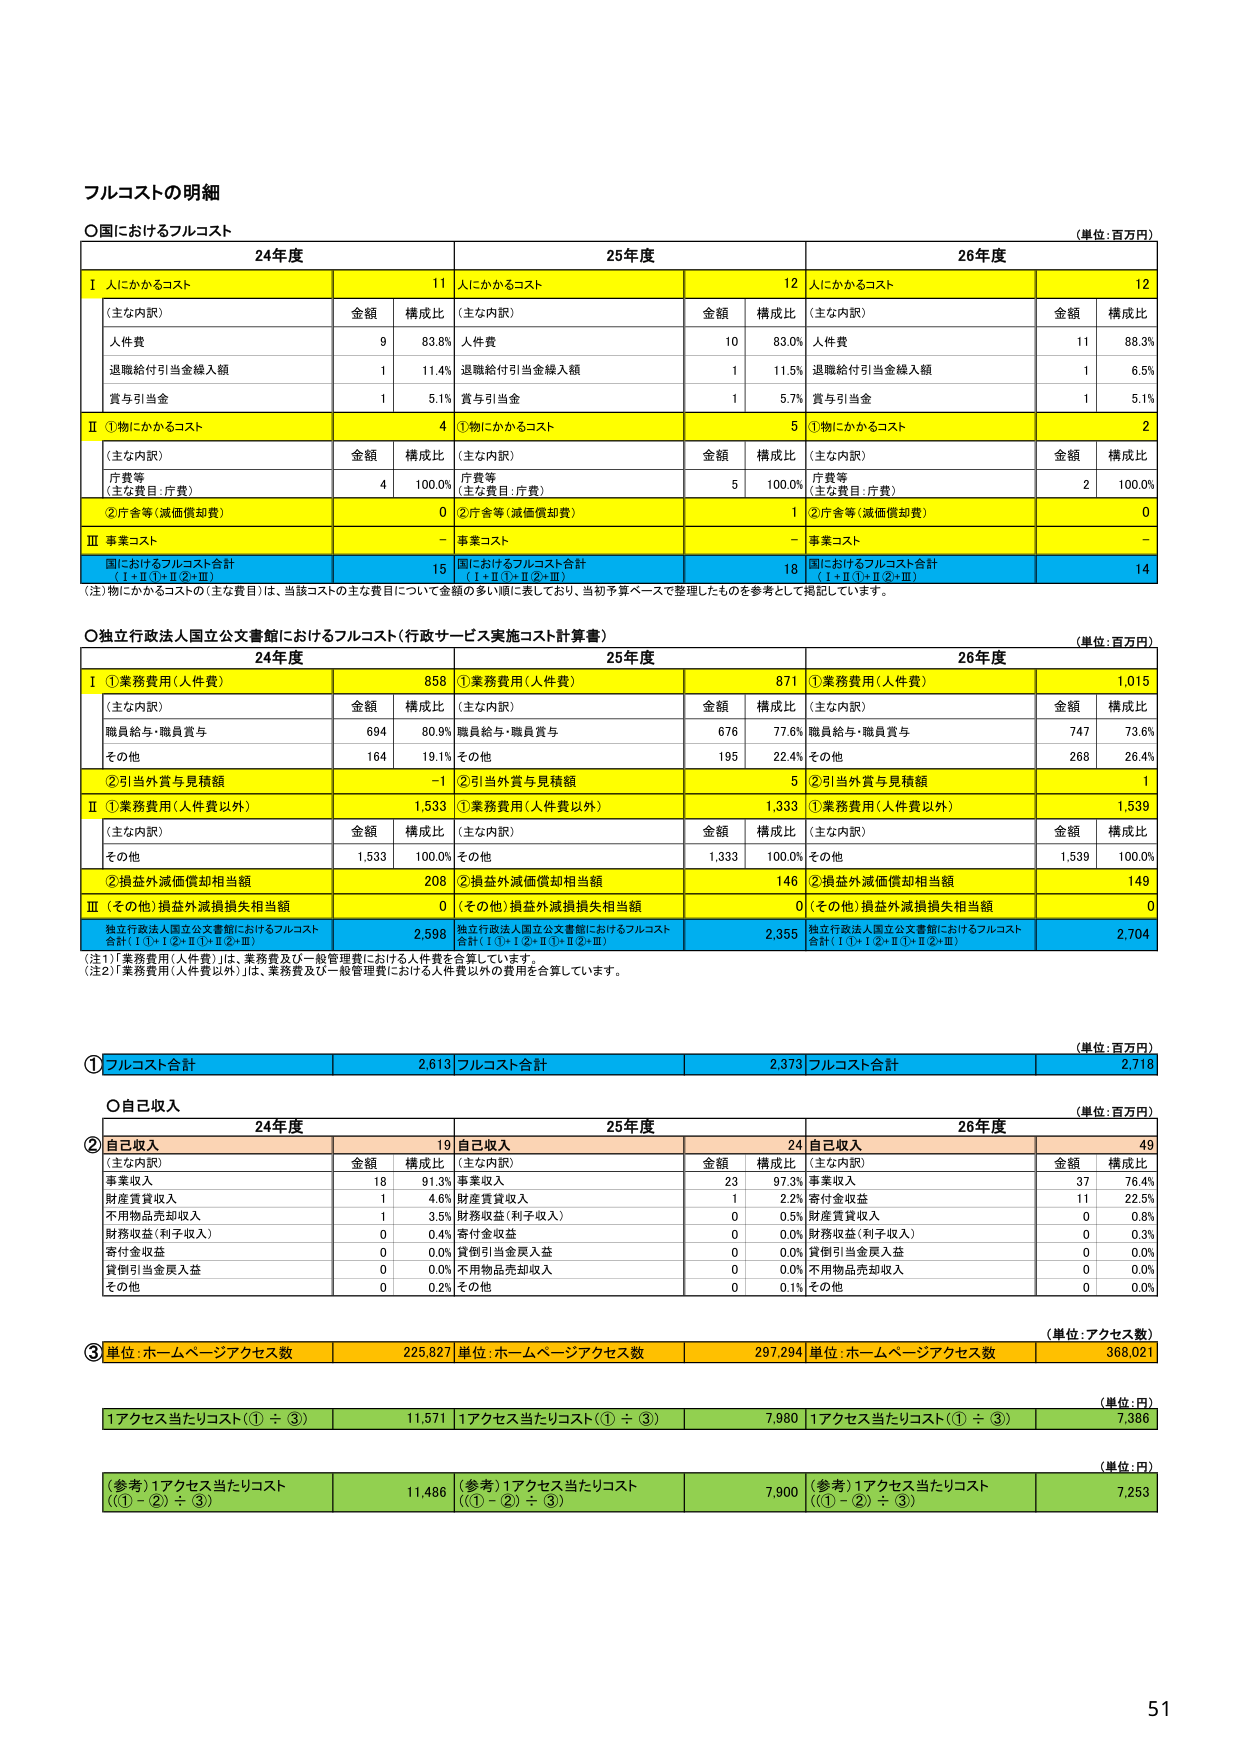
フルコストの明細

○国におけるフルコスト
（単位：百万円）

24年度
25年度
26年度

Ⅰ 人にかかるコスト
11
人にかかるコスト
12
人にかかるコスト
12

（主な内訳）
金額
構成比
（主な内訳）
金額
構成比
（主な内訳）
金額
構成比

人件費
9
83.8%
人件費
10
83.0%
人件費
11
88.3%

退職給付引当金繰入額
1
11.4%
退職給付引当金繰入額
1
11.5%
退職給付引当金繰入額
1
6.5%

賞与引当金
1
5.1%
賞与引当金
1
5.7%
賞与引当金
1
5.1%

Ⅱ ①物にかかるコスト
4
①物にかかるコスト
5
①物にかかるコスト
2

（主な内訳）
金額
構成比
（主な内訳）
金額
構成比
（主な内訳）
金額
構成比

庁費等
（主な費目：庁費）
4
100.0%
庁費等
（主な費目：庁費）
5
100.0%
庁費等
（主な費目：庁費）
2
100.0%

②庁舎等（減価償却費）
0
②庁舎等（減価償却費）
1
②庁舎等（減価償却費）
0

Ⅲ 事業コスト
－
事業コスト
－
事業コスト
－

国におけるフルコスト合計
（Ⅰ＋Ⅱ①＋Ⅱ②＋Ⅲ）
15
国におけるフルコスト合計
（Ⅰ＋Ⅱ①＋Ⅱ②＋Ⅲ）
18
国におけるフルコスト合計
（Ⅰ＋Ⅱ①＋Ⅱ②＋Ⅲ）
14

（注）物にかかるコストの（主な費目）は、当該コストの主な費目について金額の多い順に表しており、当初予算ベースで整理したものを参考として掲記しています。

○独立行政法人国立公文書館におけるフルコスト（行政サービス実施コスト計算書）
（単位：百万円）

24年度
25年度
26年度

Ⅰ ①業務費用（人件費）
858
①業務費用（人件費）
871
①業務費用（人件費）
1,015

（主な内訳）
金額
構成比
（主な内訳）
金額
構成比
（主な内訳）
金額
構成比

職員給与・職員賞与
694
80.9%
職員給与・職員賞与
676
77.6%
職員給与・職員賞与
747
73.6%

その他
164
19.1%
その他
195
22.4%
その他
268
26.4%

②引当外賞与見積額
－1
②引当外賞与見積額
5
②引当外賞与見積額
1

Ⅱ ①業務費用（人件費以外）
1,533
①業務費用（人件費以外）
1,333
①業務費用（人件費以外）
1,539

（主な内訳）
金額
構成比
（主な内訳）
金額
構成比
（主な内訳）
金額
構成比

その他
1,533
100.0%
その他
1,333
100.0%
その他
1,539
100.0%

②損益外減価償却相当額
208
②損益外減価償却相当額
146
②損益外減価償却相当額
149

Ⅲ （その他）損益外減損損失相当額
0
（その他）損益外減損損失相当額
0
（その他）損益外減損損失相当額
0

独立行政法人国立公文書館におけるフルコスト合計（Ⅰ①＋Ⅰ②＋Ⅱ①＋Ⅱ②＋Ⅲ）
2,598
独立行政法人国立公文書館におけるフルコスト合計（Ⅰ①＋Ⅰ②＋Ⅱ①＋Ⅱ②＋Ⅲ）
2,355
独立行政法人国立公文書館におけるフルコスト合計（Ⅰ①＋Ⅰ②＋Ⅱ①＋Ⅱ②＋Ⅲ）
2,704

（注1）「業務費用（人件費）」は、業務費及び一般管理費における人件費を合算しています。
（注2）「業務費用（人件費以外）」は、業務費及び一般管理費における人件費以外の費用を合算しています。

（単位：百万円）

① フルコスト合計
2,613
フルコスト合計
2,373
フルコスト合計
2,718

○自己収入
（単位：百万円）

② 自己収入
24年度
19
自己収入
25年度
24
自己収入
26年度
49

（主な内訳）
金額
構成比
（主な内訳）
金額
構成比
（主な内訳）
金額
構成比

事業収入
18
91.3%
事業収入
23
97.3%
事業収入
37
76.4%

財産賃貸収入
1
4.6%
財産賃貸収入
1
2.2%
寄付金収益
11
22.5%

不用物品売却収入
1
3.5%
財務収益（利子収入）
0
0.5%
財産賃貸収入
0
0.8%

財務収益（利子収入）
0
0.4%
寄付金収益
0
0.0%
財務収益（利子収入）
0
0.3%

寄付金収益
0
0.0%
貸倒引当金戻入益
0
0.0%
貸倒引当金戻入益
0
0.0%

貸倒引当金戻入益
0
0.0%
不用物品売却収入
0
0.0%
不用物品売却収入
0
0.0%

その他
0
0.2%
その他
0
0.1%
その他
0
0.0%

（単位：アクセス数）

③ 単位：ホームページアクセス数
225,827
単位：ホームページアクセス数
297,294
単位：ホームページアクセス数
368,021

（単位：円）

1アクセス当たりコスト（① ÷ ③）
11,571
1アクセス当たりコスト（① ÷ ③）
7,980
1アクセス当たりコスト（① ÷ ③）
7,386

（単位：円）

（参考）1アクセス当たりコスト
（（①－②）÷ ③）
11,486
（参考）1アクセス当たりコスト
（（①－②）÷ ③）
7,900
（参考）1アクセス当たりコスト
（（①－②）÷ ③）
7,253

51